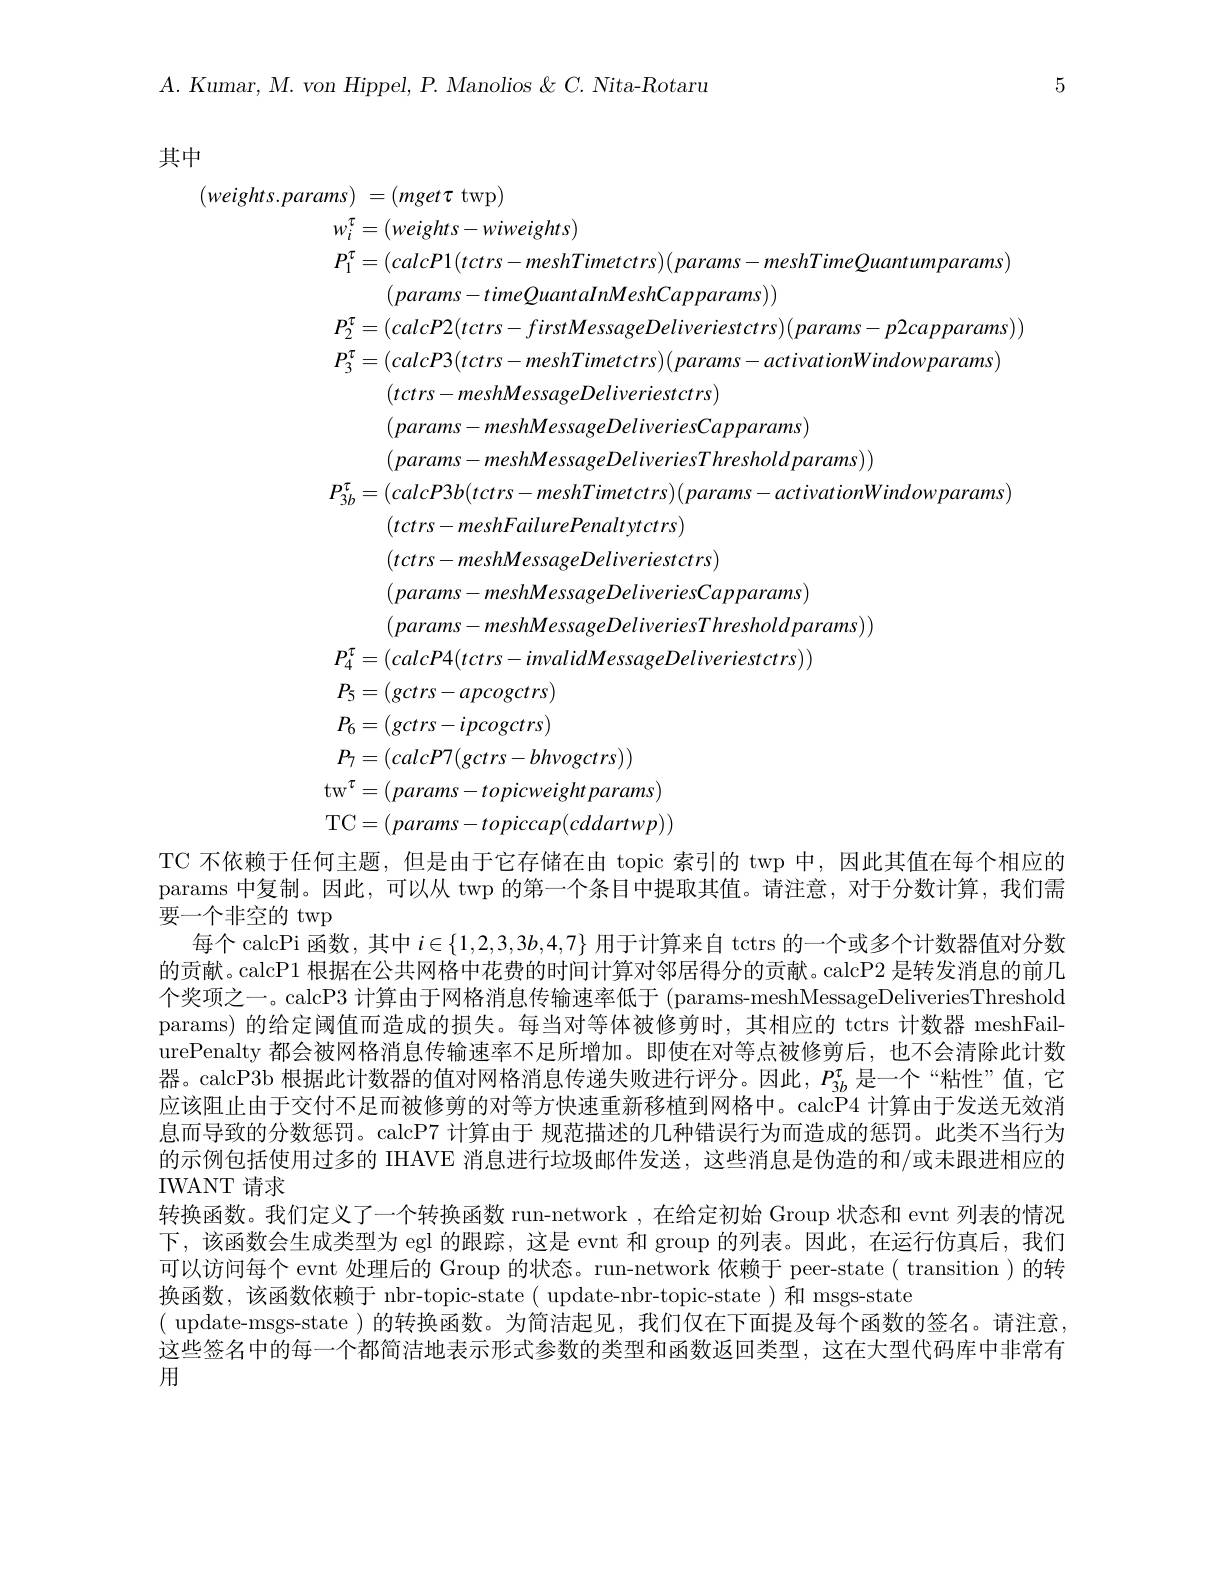
$A.$ $Kumar$, $M.$ von $Hippel$, $P.$ Manolios $\&$ $C.$ $Nita- Rotaru$

5

其中

$(weights.params)$
$$\begin{aligned}&ms)=(mgert~twp)\\&w_{\pi}^{\pi}=(wights-wiwhists)\\&w_{\pi}^{\pi}=(wishts-wiwhists)\\&P_{\pi}^{\pi}=(wishts-wishTimetcr))parans-meshTimeQuatumparans)\\&P_{\pi}^{\pi}=(callcP1(ctrs-mediTimetcr))parans-meshTimeQuatumparans)\\&(patcons-timequantimessDativerans)\\&P_{\pi}^{\pi}=(calcP2(ctrs-medisMinatsossDativerans-pachpatans-Pacams))\\&P_{\pi}^{3}=(calcP2(ctrs-medisMinatertrs))patems-pachationWalowparans)\\&(ctrs-mebelsasgDelinetrestrs)\\&(calcmas-meshMessageDativeresCr)parans)\\&(params-meshMessageDbiliveresCr)parans\\&P_{\pi}^{*}=(calcP3)(ctrs-meshationsediverissTrasshotparans)\\&P_{\pi}^{*}=(calcP3(ctrs-meshedisasgeDativeressTrastions)\\&(calcms-meshMessageDitinetrs)\\&P_{\pi}^{*}=(calcP3(ctrs-meshatdessageDaters))\\&(params-meshMessageDiliveresTratessations)\\&P_{\pi}^{*}=(calcP3)(ctrs-messageDeliverestrestrestrivestrass)\\&P_{\pi}^{*}=(calcP3(ctrs-meshessageDetrivestrestrestrivestrivedowparestrass)\\&P_{\pi}^{*}=(calcP3(ctrs-meshessageDeliverestrestrestrestrivestrestrestrestrestrestrestrestrestrestrestrestrestrestrestrestrestrestrestrestrestrestrestrest\end{aligned}$$
TC 不依赖于任何主题，但是由于它存储在由 topic 索引的 twp 中，因此其值在每个相应的params 中复制。因此，可以从 twp 的第一个条目中提取其值。请注意，对于分数计算，我们需要一个非空的 twp
每个 calcPi 函数，其中$i\in\{1,2,3,3b,4,7\}$用于计算来自 tctrs 的一个或多个计数器值对分数的贡献。calcP1 根据在公共网格中花费的时间计算对邻居得分的贡献。calcP2 是转发消息的前几个奖项之一。calcP3 计算由于网格消息传输速率低于 (params-meshMessageDeliveriesThreshold params) 的给定阈值而造成的损失。每当对等体被修剪时，其相应的 tctrs 计数器 meshFailurePenalty 都会被网格消息传输速率不足所增加。即使在对等点被修剪后，也不会清除此计数器。calcP3b 根据此计数器的值对网格消息传递失败进行评分。因此，$P_{3b}^\mathrm{\tau}$是一个“粘性”值，它应该阻止由于交付不足而被修剪的对等方快速重新移植到网格中。calcP4 计算由于发送无效消息而导致的分数惩罚。calcP7 计算由于 规范描述的几种错误行为而造成的惩罚。此类不当行为的示例包括使用过多的 IHAVE 消息进行垃圾邮件发送，这些消息是伪造的和/或未跟进相应的IWANT 请求
转换函数。我们定义了一个转换函数 run-network , 在给定初始 Group 状态和 evnt 列表的情况下，该函数会生成类型为 egl 的跟踪，这是 evnt 和 group 的列表。因此，在运行仿真后，我们可以访问每个 evnt 处理后的 Group 的状态。run-network 依赖于 peer-state( transition)的转换函数，该函数依赖于 nbr-topic-state( update-nbr-topic-state)和 msgs-state
( update-msgs-state )的转换函数。为简洁起见，我们仅在下面提及每个函数的签名。请注意， 这些签名中的每一个都简洁地表示形式参数的类型和函数返回类型，这在大型代码库中非常有

用